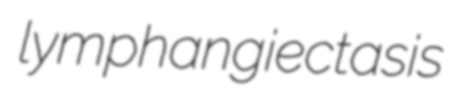
lymphangiectasis